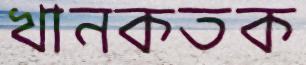
খানকতক